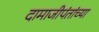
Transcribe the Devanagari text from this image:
दामाजीपंतांच्या